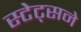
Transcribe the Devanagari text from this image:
स्टेट्सने